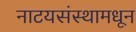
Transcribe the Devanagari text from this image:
नाटयसंस्थामधून